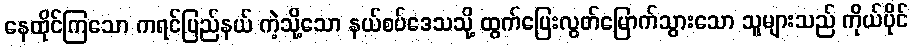
နေထိုင်ကြသော ကရင်ပြည်နယ် ကဲ့သို့သော နယ်စပ်ဒေသသို့ ထွက်ပြေးလွတ်မြောက်သွားသော သူများသည် ကိုယ်ပိုင်